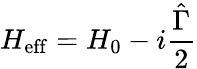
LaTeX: H_{\mathrm{eff}}=H_{0}-i\frac{\hat{\Gamma}}{2}